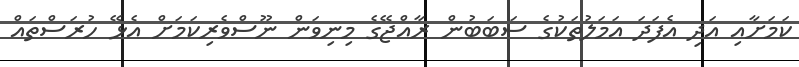
ކަމަށާއި އަދި އެފަދަ އަމަލުތަކުގެ ސަބަބުން ރާއްޖޭގެ މިނިވަން ނޫސްވެރިކަމަށް އެޅޭ ހުރަސްތައް